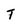
Character: T